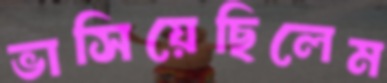
ভাসিয়েছিলেম